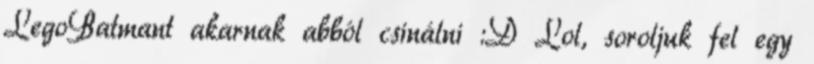
LegoBatmant akarnak abból csinálni :D Lol, soroljuk fel egy